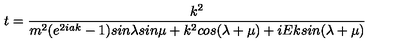
t = \frac { k ^ { 2 } } { m ^ { 2 } ( e ^ { 2 i a k } - 1 ) s i n \lambda s i n \mu + k ^ { 2 } c o s ( \lambda + \mu ) + i E k s i n ( \lambda + \mu ) }